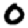
Digit: 0